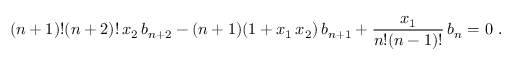
( n + 1 ) ! ( n + 2 ) ! \, x _ { 2 } \, b _ { n + 2 } - ( n + 1 ) ( 1 + x _ { 1 } \, x _ { 2 } ) \, b _ { n + 1 } + { \frac { x _ { 1 } } { n ! ( n - 1 ) ! } } \, b _ { n } = 0 \ .